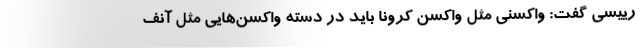
رییسی گفت: واکسنی مثل واکسن کرونا باید در دسته واکسن‌هایی مثل آنف